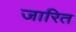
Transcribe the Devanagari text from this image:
जारित